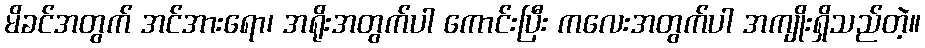
မိခင်အတွက် အင်အားရော၊ အရိုးအတွက်ပါ ကောင်းပြီး ကလေးအတွက်ပါ အကျိုးရှိသည်တဲ့။